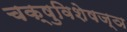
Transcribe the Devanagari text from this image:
चक्षुविशेषज्ञ